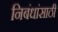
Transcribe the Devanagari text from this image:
निबंधांसाठी